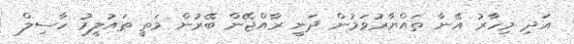
އަދި މިހާރު އޭނާ ތައްޔާރުވަމުން ދަނީ ރާއްޖޭން ބޭރުން މަތީ ތައުލީމު ހާސިލް